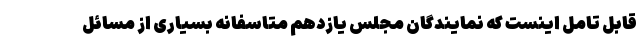
قابل تامل اینست که نمایندگان مجلس یازدهم متاسفانه بسیاری از مسائل